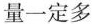
量一定多